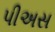
પીઅસ